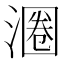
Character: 𬈨